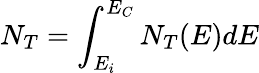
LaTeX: N_{T}=\int_{E_{i}}^{E_{C}}N_{T}(E)dE